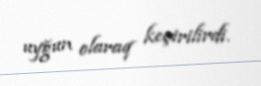
uyğun olaraq keçirilirdi.